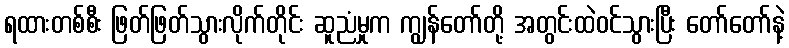
ရထားတစ်စီး ဖြတ်ဖြတ်သွားလိုက်တိုင်း ဆူညံမှုက ကျွန်တော်တို့ အတွင်းထဲဝင်သွားပြီး တော်တော်နဲ့